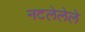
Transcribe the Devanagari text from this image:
नटलेलेले